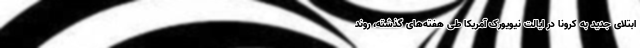
ابتلای جدید به کرونا در ایالت نیویورکِ آمریکا طی هفته‌های گذشته، روند